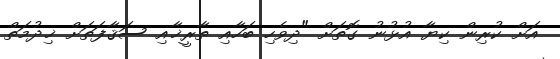
އަށް ކުރިން ކިޔާ އުޅުނު ގޮތަށް "ދިވެހި ބަހާއި ތާރީޚާއި ސަޤާފަތަށް ޚިދުމަތް